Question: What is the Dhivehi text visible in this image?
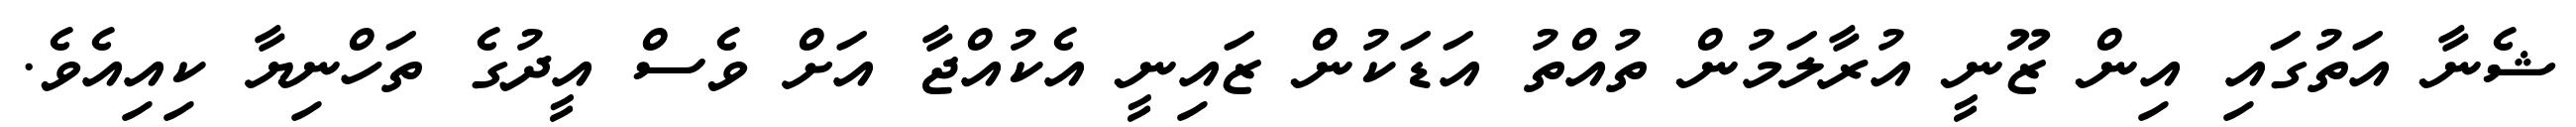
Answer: ޝެނާ އަތުގައި އިން ޒޫނީ އުރާލަމުން ތުއްތު އަޑަކުން ޒައިނީ އެކުއްޖާ އަށް ވެސް އީދުގެ ތަހްނިޔާ ކިއިއެވެ.